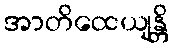
အာတိထေယျန္တိ